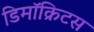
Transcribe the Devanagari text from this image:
डिमॉक्रिटस